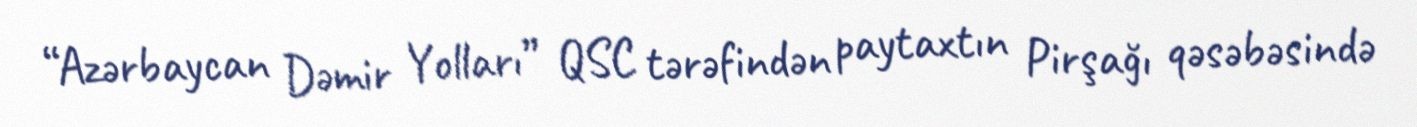
“Azərbaycan Dəmir Yolları” QSC tərəfindən paytaxtın Pirşağı qəsəbəsində